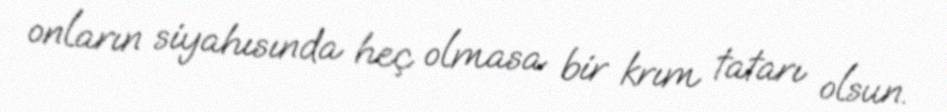
onların siyahısında heç olmasa bir krım tatarı olsun.